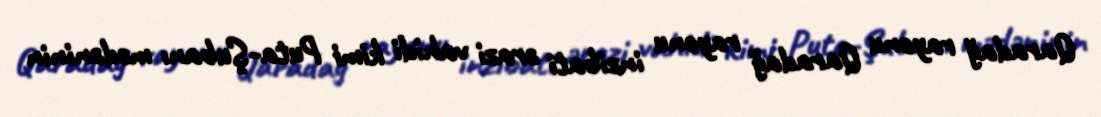
Qaradağ rayonu Qaradağ rayonu inzibati ərazi vahidi kimi Puta-Şubanı mədəninin